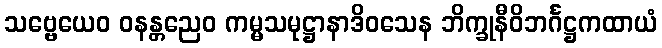
သဗ္ဗေယေဝ ဝနန္တညေဝ ကမ္မသမုဋ္ဌာနာဒိဝသေန ဘိက္ခုနီဝိဘင်္ဂဋ္ဌကထာယံ